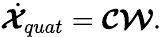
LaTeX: \dot{\boldsymbol{\mathcal{X}}}_{quat}=\boldsymbol{\mathcal{C}}\boldsymbol{\mathcal{W}}.